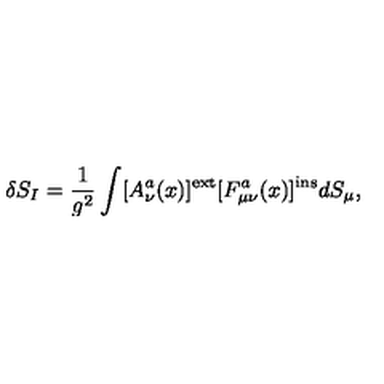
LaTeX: \delta S _ { I } = \frac { 1 } { g ^ { 2 } } \int [ A _ { \nu } ^ { a } ( x ) ] ^ { \mathrm { e x t } } [ F _ { \mu \nu } ^ { a } ( x ) ] ^ { \mathrm { i n s } } d S _ { \mu } ,